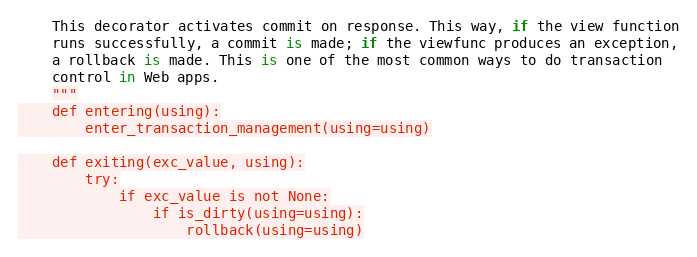
Language: Python
    This decorator activates commit on response. This way, if the view function
    runs successfully, a commit is made; if the viewfunc produces an exception,
    a rollback is made. This is one of the most common ways to do transaction
    control in Web apps.
    """
    def entering(using):
        enter_transaction_management(using=using)

    def exiting(exc_value, using):
        try:
            if exc_value is not None:
                if is_dirty(using=using):
                    rollback(using=using)